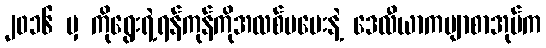
၂၀၁၆ မှ ကိုရွေးရဲ့ရန်ကုန်ကိုအလစ်မပေးနဲ့ ဒေလီယာကဗျာစာအုပ်က